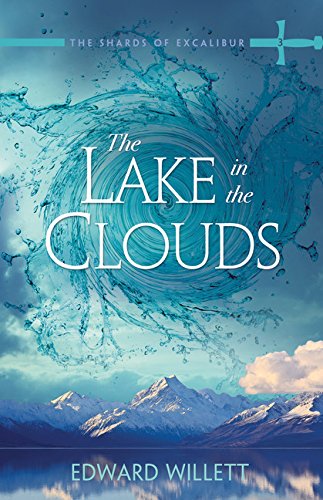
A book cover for The Lake in the Clouds: The Shards of Excalibur Book 3; Edward Willett; Children's Books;